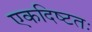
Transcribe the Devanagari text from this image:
एकदिष्‍टतः